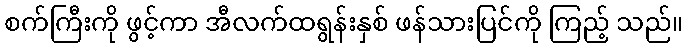
စက်ကြီးကို ဖွင့်ကာ အီလက်ထရွန်းနှစ် ဖန်သားပြင်ကို ကြည့် သည်။